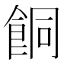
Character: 餇